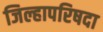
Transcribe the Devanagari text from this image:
जिल्हापरिषदा